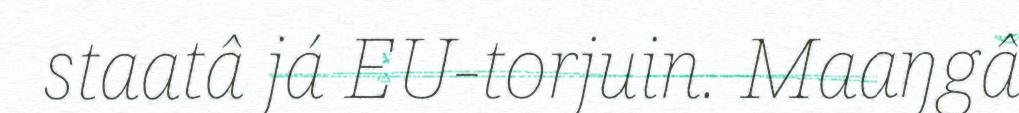
staatâ já EU-torjuin. Maaŋgâ